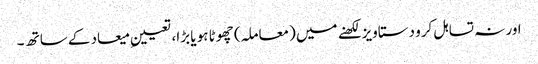
اور نہ تسا ہل کرو دستاویز لکھنے میں (معاملہ) چھوٹا ہو یا بڑا، تعیینِ میعاد کے ساتھ ۔